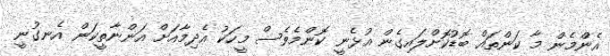
އެންމެން މާ ކަންތައް ބޮޑުކޮށްލައިގެން އުޅެނީ ކޮންމެވެސް މީހަކު އެދިމާއަށް އަންނާތީކަން އެނގުނީ